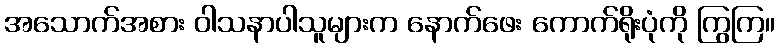
အသောက်အစား ဝါသနာပါသူများက နောက်ဖေး ကောက်ရိုးပုံကို ကြွကြ။